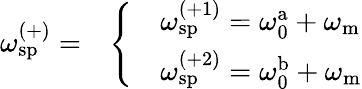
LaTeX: \omega_{\mathrm{sp}}^{(+)}=\begin{array}{rl}&{\left\{ \begin{array}{ll}&{\omega_{\mathrm{sp}}^{(+1)}=\omega_{\mathrm{0}}^{\mathrm{a}}+\omega_{\mathrm{m}}}\\ &{\omega_{\mathrm{sp}}^{(+2)}=\omega_{\mathrm{0}}^{\mathrm{b}}+\omega_{\mathrm{m}}}\end{array}\right.}\end{array}